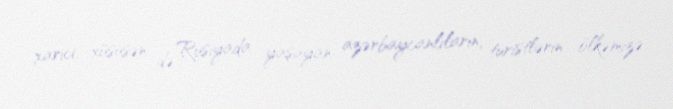
xarici, xüsusən də Rusiyada yaşayan azərbaycanlıların, turistlərin ölkəmizə